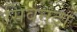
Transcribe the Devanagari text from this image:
सिवनंदा